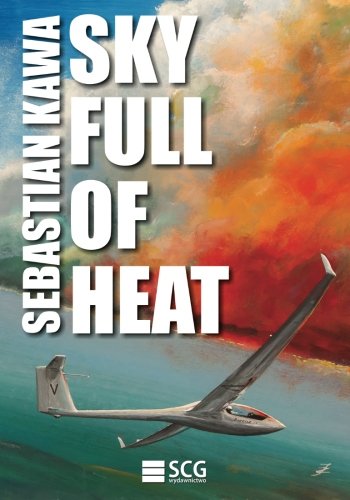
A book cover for Sky Full of Heat: Passion, knowledge, experience; Sebastian Kawa; Sports & Outdoors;